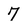
Character: 7